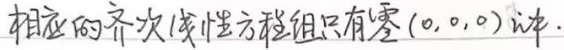
相应的齐次线性方程组只有零 \((0,0,0)\) 解.